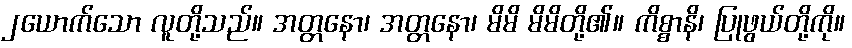
၂ယောက်သော လူတို့သည်။ အတ္တနော၊ အတ္တနော၊ မိမိ မိမိတို့၏။ ကိစ္စာနိ၊ ပြုဖွယ်တို့ကို။